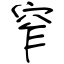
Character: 窄